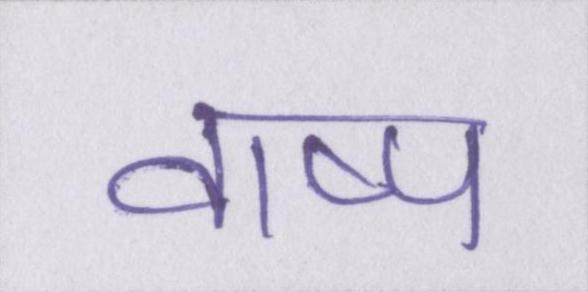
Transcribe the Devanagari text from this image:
वाष्प